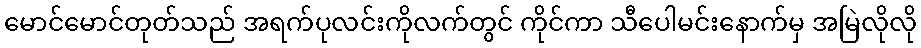
မောင်မောင်တုတ်သည် အရက်ပုလင်းကိုလက်တွင် ကိုင်ကာ သီပေါမင်းနောက်မှ အမြဲလိုလို